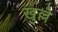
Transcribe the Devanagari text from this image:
खुल्ले